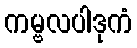
ကမ္ဗလပါဒုကံ